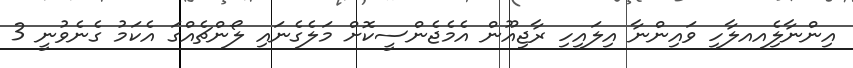
އިންނާލިެއއލާހި ވައިންނާ އިލައިހި ރާޖިއޫން އެމެޖެންސީކޮށް މަލެގެނައި ލޯންޗެއްގަ އެކަމު ގެނެވުުުނީ 3